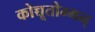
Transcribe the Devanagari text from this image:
कोच्चूतोम्मन्